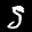
Label: 5